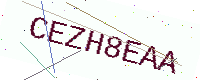
Text: CEZH8EAA